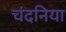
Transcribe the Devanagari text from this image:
चंदनिया